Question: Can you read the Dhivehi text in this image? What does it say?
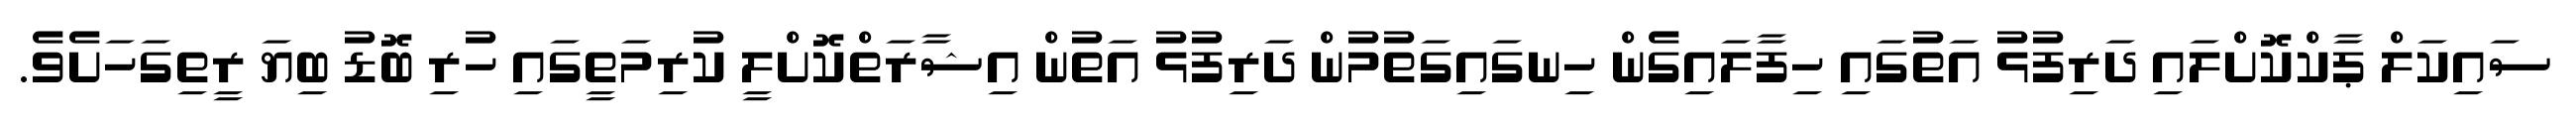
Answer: ސައިކަލް ޕާކްކޮށްލައި ދަރިފުޅު އަތުގައި ހިފާލައިގެން ހިނގައިގަތުމުން ދަރިފުޅު އަތުން އިޝާރަތްކޮށްލީ ކުރިމަތީގައި ހުރި ބޮޑު ބިޔަ ރީތިގަހަށެވެ.